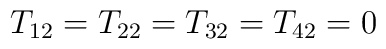
T_{12}=T_{22}=T_{32}=T_{42}=0